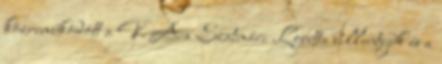
közreműködött a V. A-s Szatmári Loretta billentyűk és a